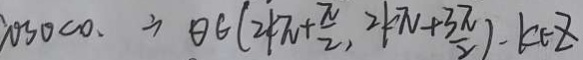
\cos \theta < 0 . \therefore \theta \in ( 2 k \pi + \frac { \pi } { 2 } , 2 k \pi + \frac { 3 \pi } { 2 } ) . k \in z